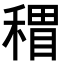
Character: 𥡏